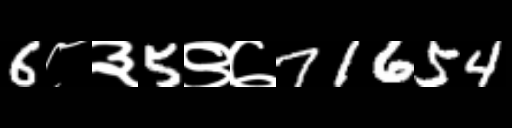
Text: 6८३5९७71654